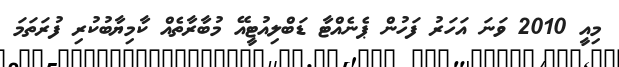
މިއީ 2010 ވަނަ އަހަރު ފަހުން ޕެނެއްޓާ ޑަބްލިއުޓީއޭ މުބާރާތެއް ކާމިޔާބުކުރި ފުރަތަމަ